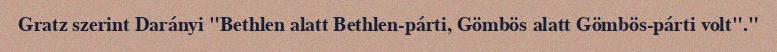
Gratz szerint Darányi "Bethlen alatt Bethlen-párti, Gömbös alatt Gömbös-párti volt"."